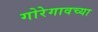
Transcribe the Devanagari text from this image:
गोरेगावच्या